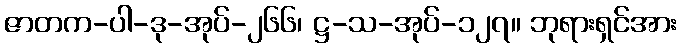
ဇာတက-ပါ-ဒု-အုပ်-၂၆၆၊ ဋ္ဌ-သ-အုပ်-၁၂၇။ ဘုရားရှင်အား